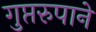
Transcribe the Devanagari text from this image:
गुप्तरुपाने